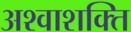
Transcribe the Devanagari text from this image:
अश्वाशक्ति